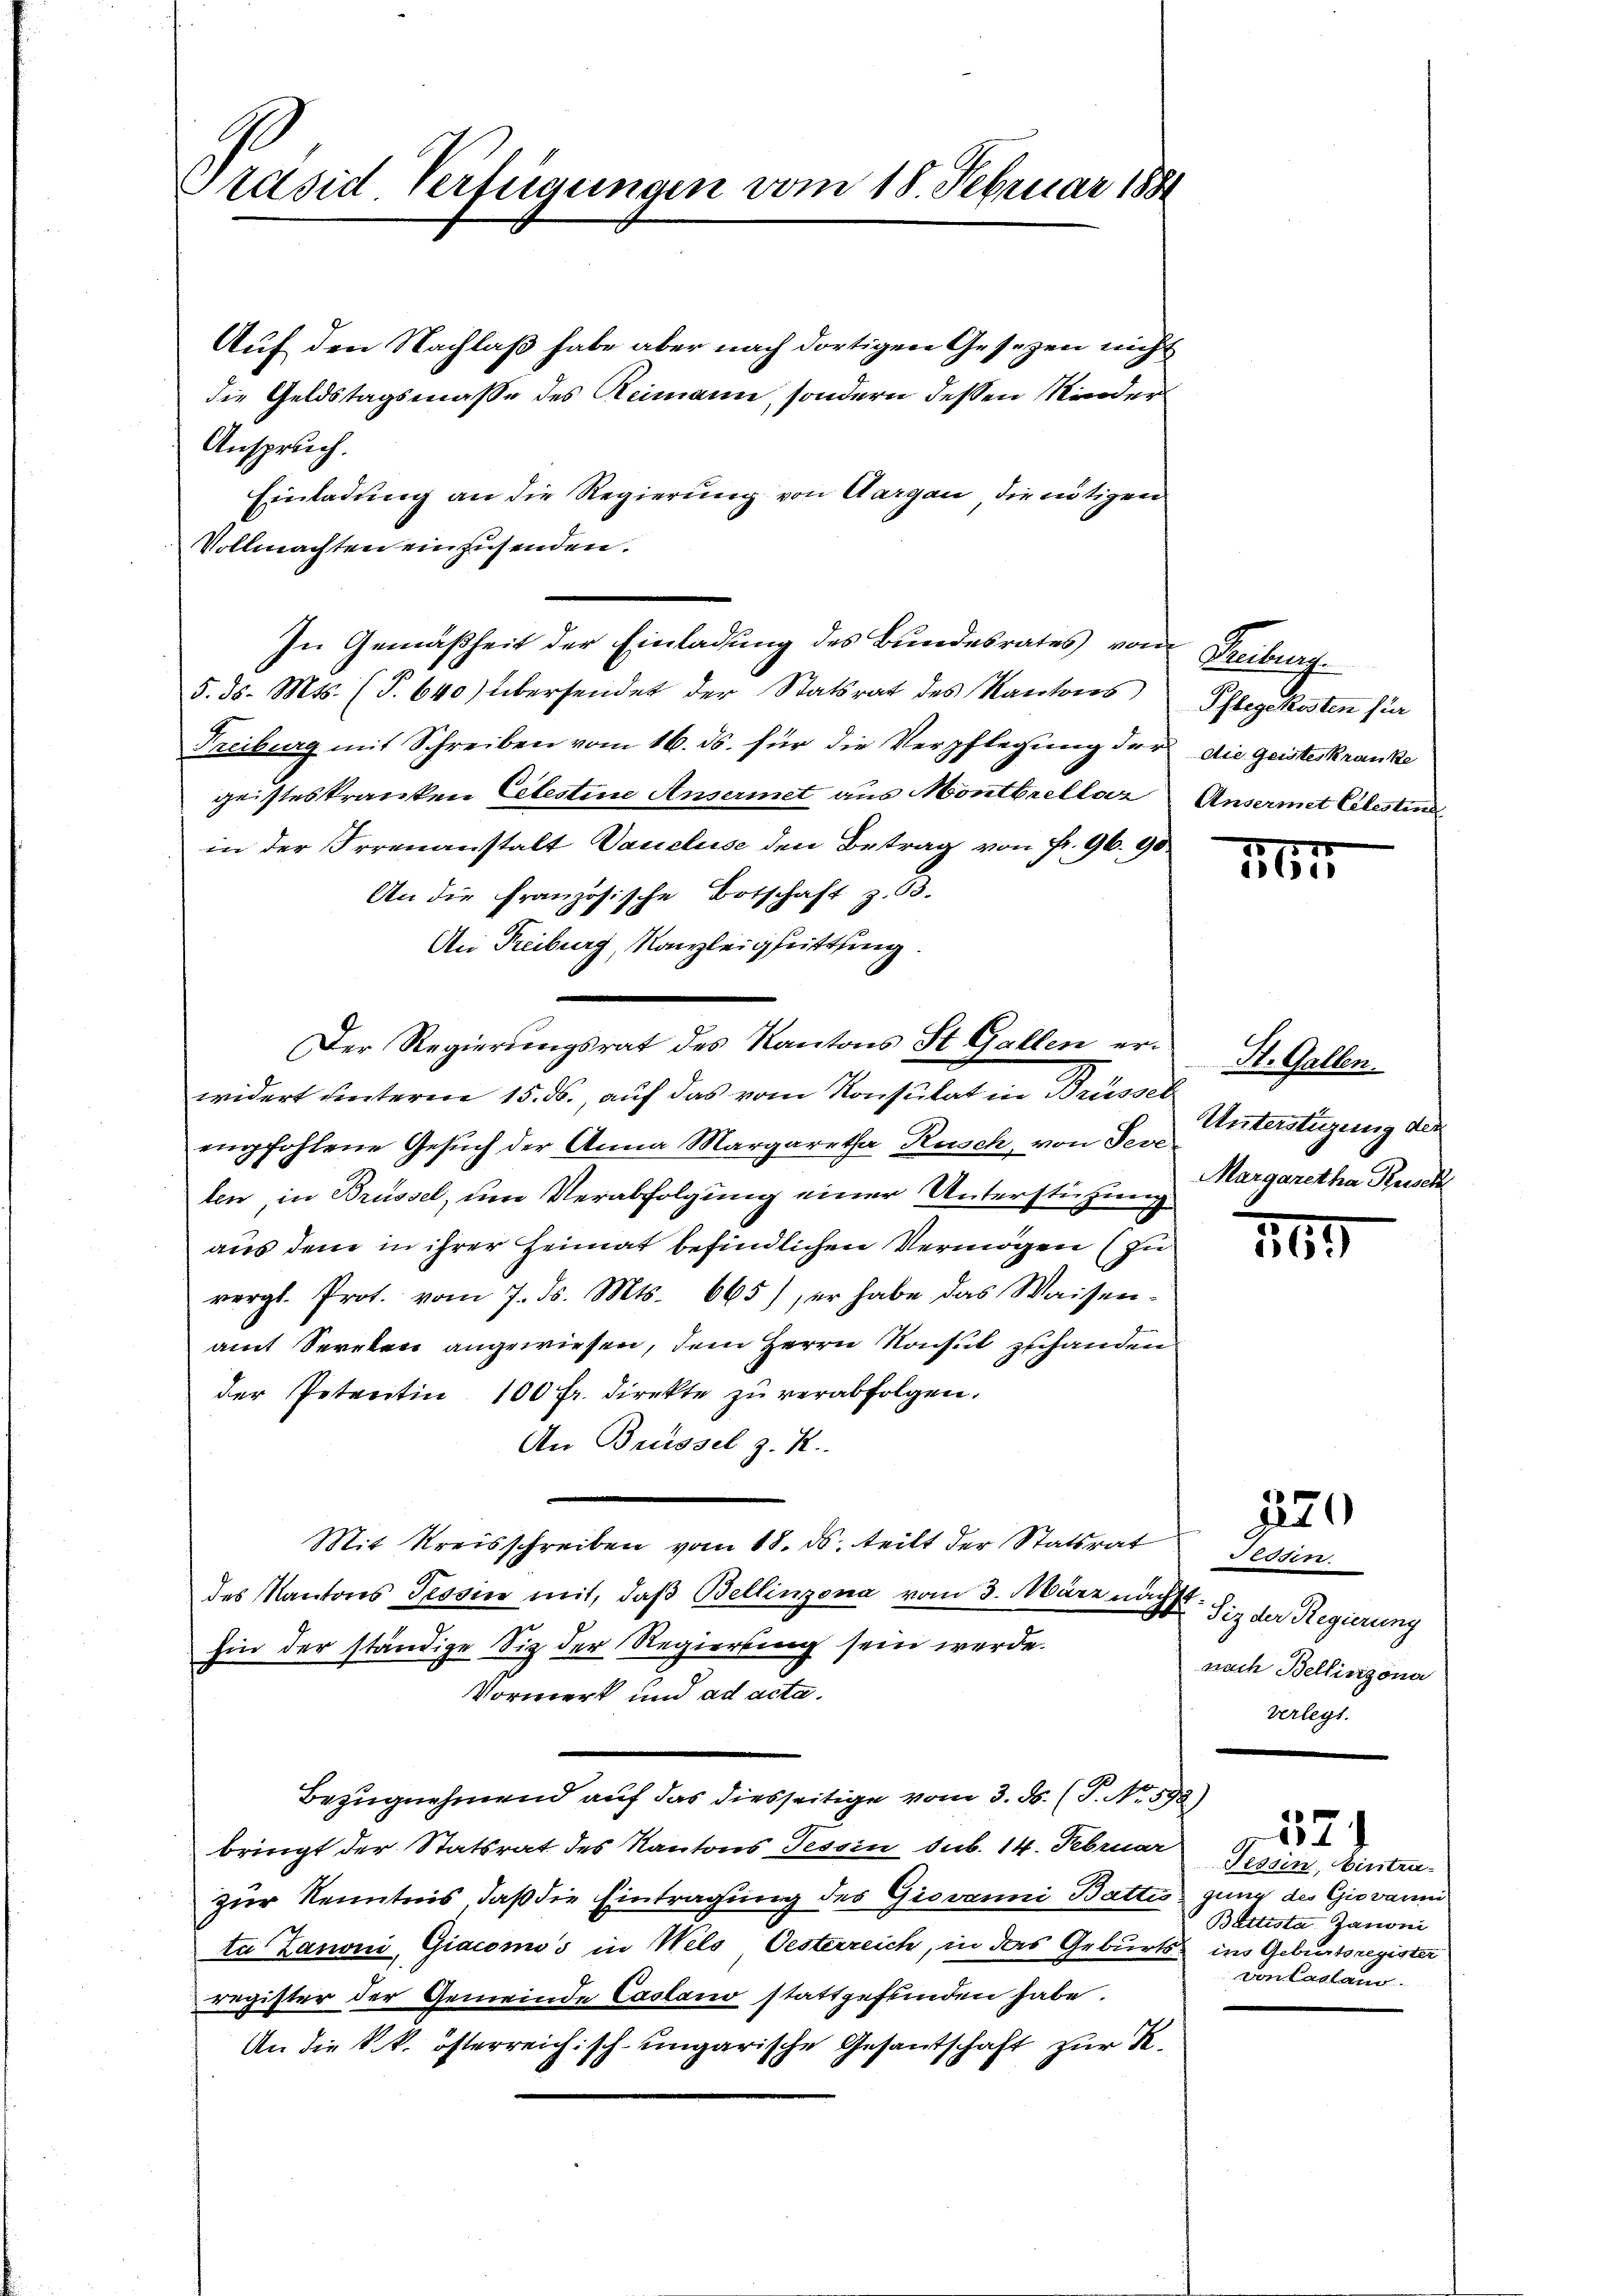
Präsid Verfügungen vom 18. Februar 1881

Auf den Nachlaß habe aber nach dortigen Gesetzen nicht
die Geldstagsmasse des Reimann, sondern dessen Kinder
Anspruch.
Einladung an die Regierung von Aargau, die nötigen
Vollmachten einzusenden.
In Gemäßheit der Einladung des Bundesrates vom
5. ds. Mts. (T.640) übersendet der Statsrat des Kantons
Freiburg mit Schreiben vom 16. ds. für die Verpflegung der die geisteskranke
geisteskranken Celestine Ansermet aus Montbrellar
in der Irrenanstalt Vaucluse den Betrag von fr. 96. 90
An die Französische Botschaft z. B.
An Freiburg, Kanzleigheittung.
empfohlene Gesŭch der Anna Margaretha Rüsch, von Sei Unterstüzung der
len in Brüssel, um Verabfolgung einer Unterstützung Margaretha Punck
aus dem in ihrer Heimat befindlichen Vermögen (zu
vergl. Prot. vom 7. ds. Mts. 665), er habe das Waisen-
amt Serrten angewiesen, dem Herrn Konsul zuhanden
der Petentin 100 fr. direkte zu verabfolgen.
An Brissel z. R.
Mit Kreisschreiben vom 18. ds. teilt der Statsrat Tessin.
des Kantons Tessin mit, daβ Bellinzona vom 3. März nächst. Sie der Regierung
hin der ständige Siz der Regierung sein werde.
Vormerk und ad acta.
Bezugnehmend auf das diesseitige vom 3. ds. (T. No. 592)
bringt der Statsrat des Kantons Tessin sub. 14. Februar
zur Kenntnis, daß die Eintragung des Giovanni Batten
ta Zanoni, Giacomos in Wels, Oesterreich, in das Geburtsregister der Gemeinde Casano stattgefunden habe.
An die k.k. österreichisch-ungarische Gesantschaft zur K.

Der Regierŭngsrat des Kantons St. Gallen er- St. Gallen
widert unterm 15. ds., auf das vom Konsulat in Brüssel

Vertrag
Phlegekosten für
Ansermet Celestine

161

169.

1274

nach Bellinzona
verlegt.

0
Tessin, binten
gung des Giovaum
Bettista Janoni
ins Geburtsregister
von Cassano

,